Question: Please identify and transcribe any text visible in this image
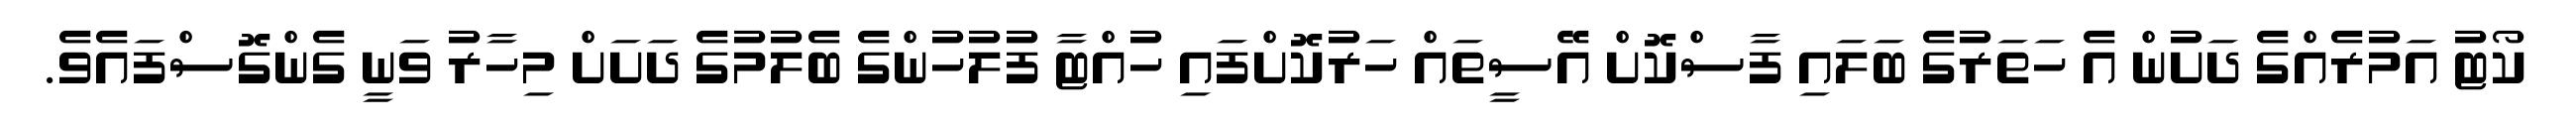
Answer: ކޯޓު އަމުރެއްގެ ދަށުން އެ ހަތަރުގެ ބަލައި ފާސްކޮށް އޭސީތައް ހަރުކޮށްފައި ހުއްޓާ ފުލުހުންގެ ބެލުމުގެ ދަށަށް މިހާރު ވަނީ ގެންގޮސްފައެވެ.